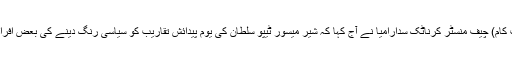
/6 نومبر (سیاست ڈاٹ کام) چیف منسٹر کرناٹک سدارامیا نے آج کہا کہ شیر میسور ٹیپو سلطان کی یوم پیدائش تقاریب کو سیاسی رنگ دینے کی بعض افراد کوشش کررہے ہیں ۔